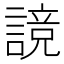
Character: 𰵃